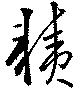
耫